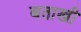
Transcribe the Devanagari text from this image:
बताखी